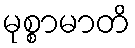
မုစ္စာမာတိ